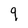
Character: 9